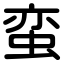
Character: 蛮